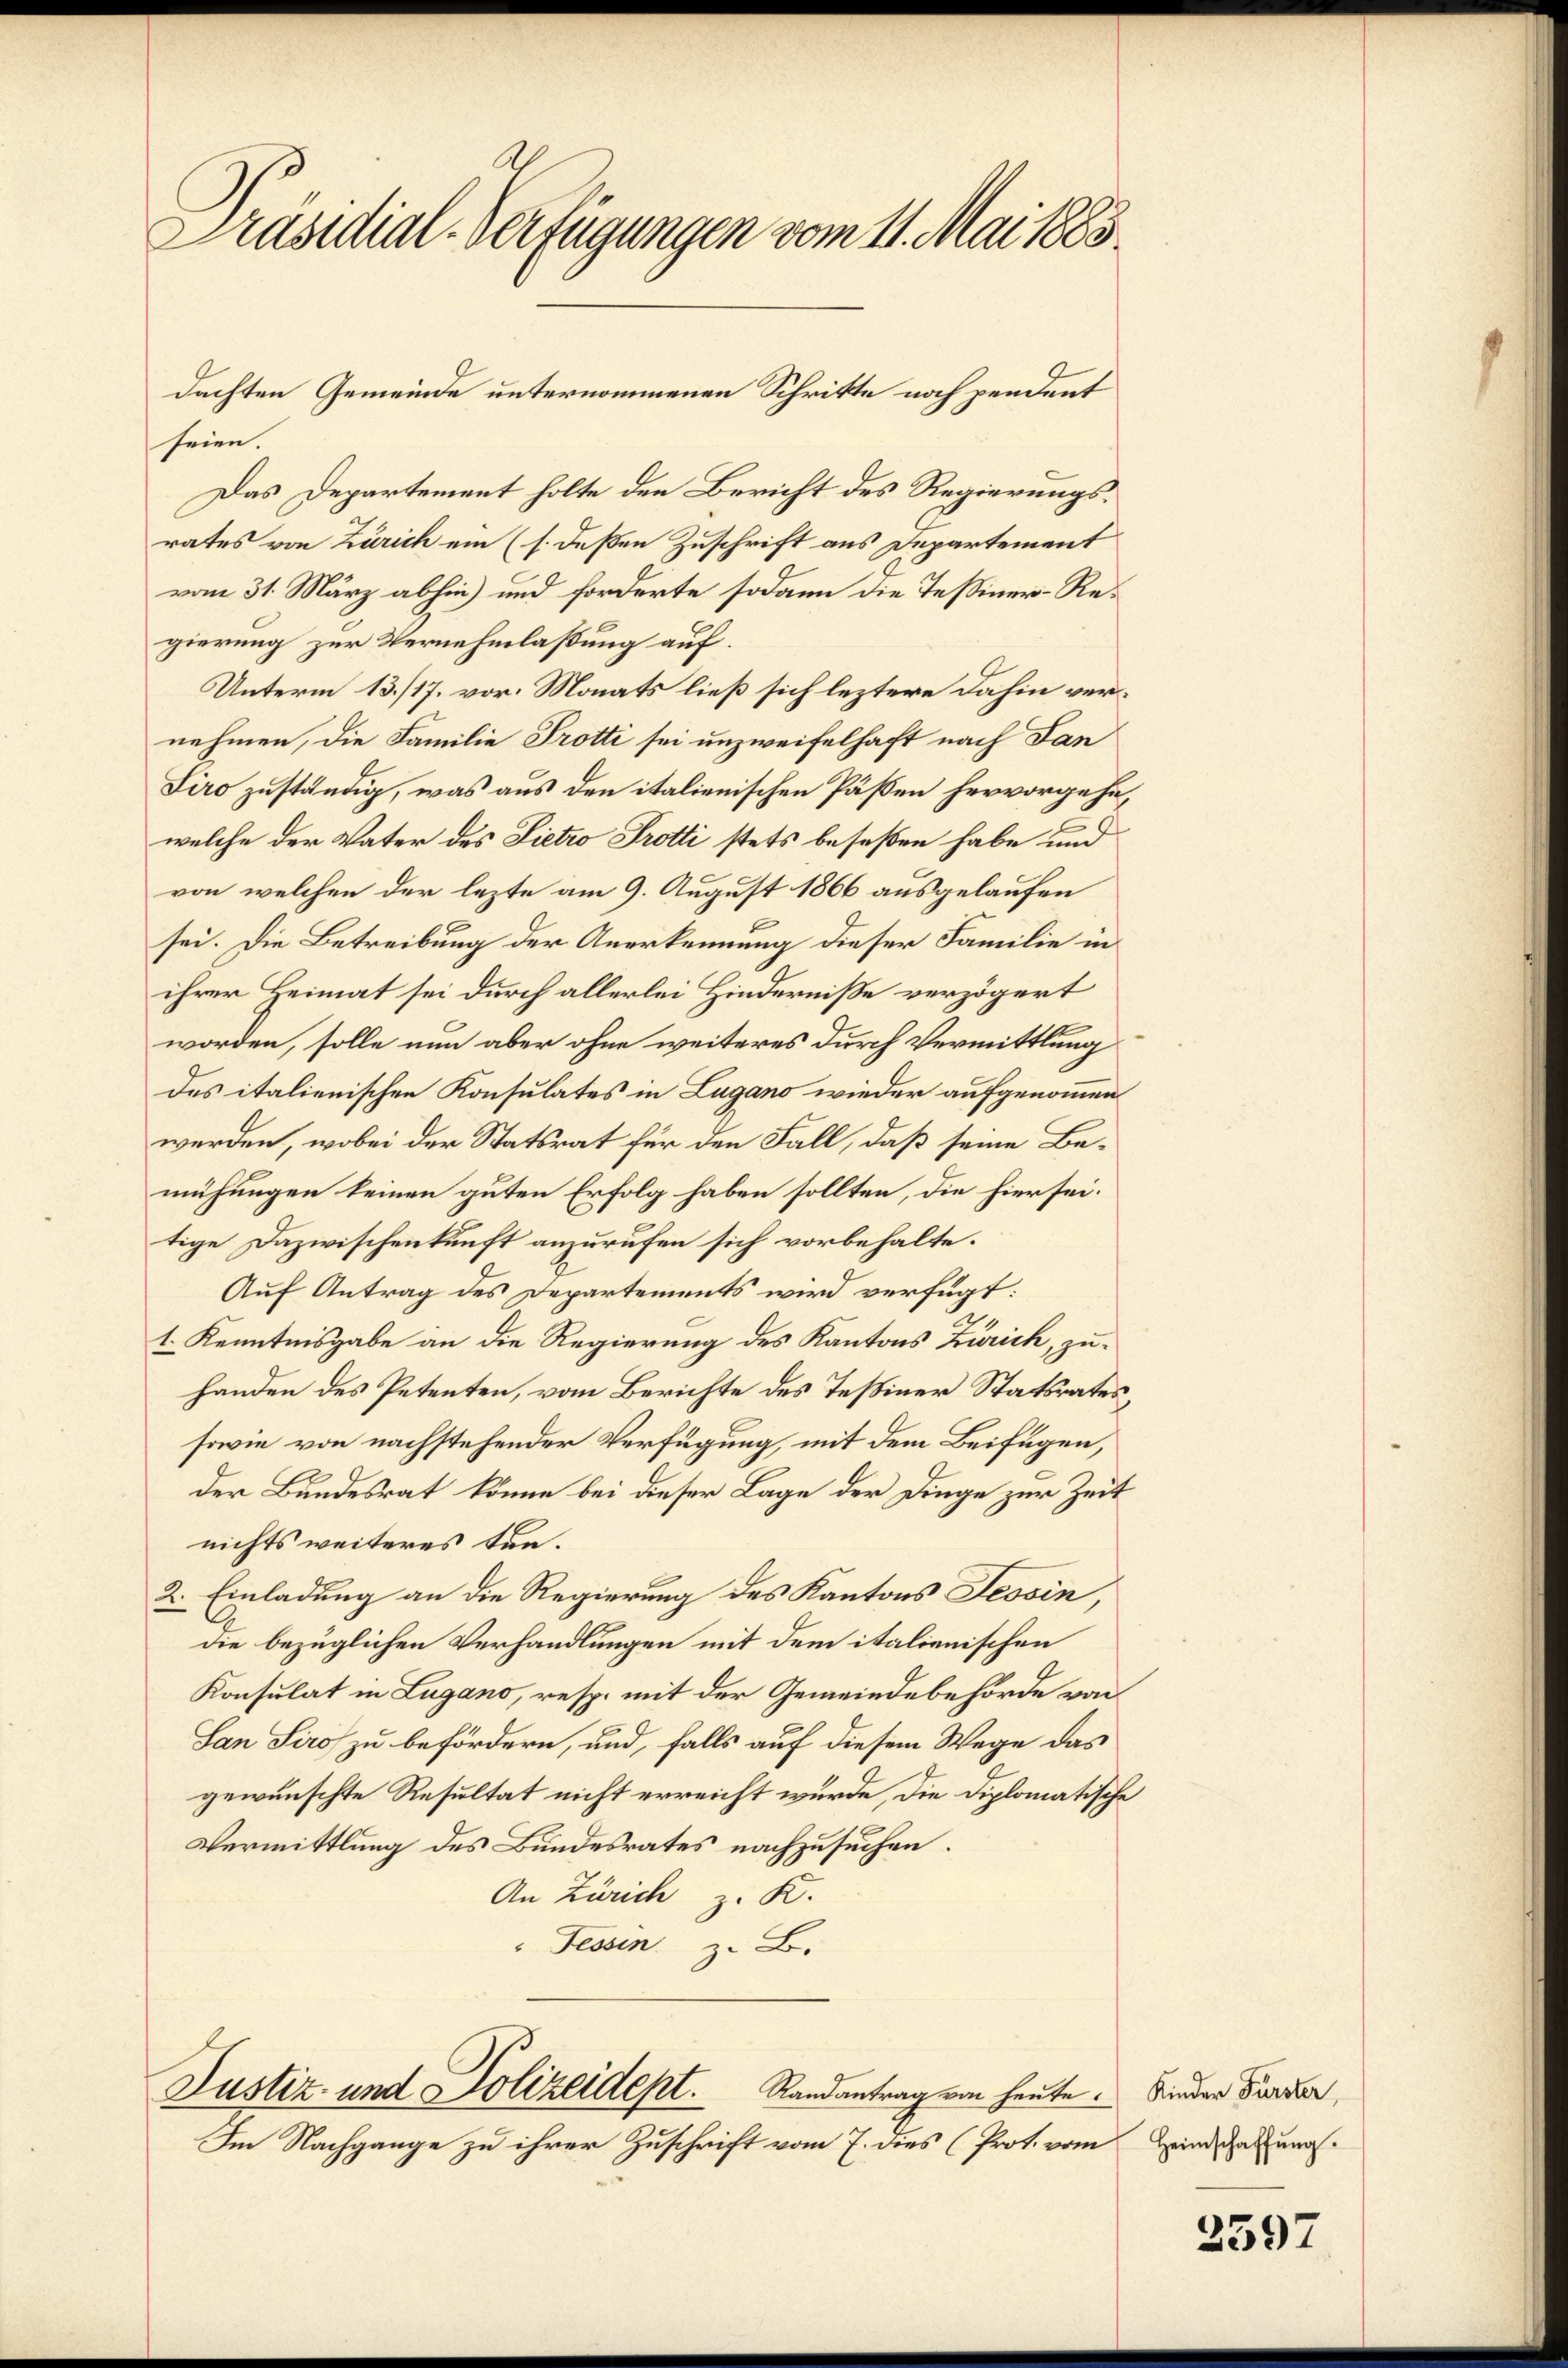
Präsidial-Verfügungen vom 11. Mai 1883.

frien.
Das Departement holte den Bericht des Regierungsrates von Zürich ein (s. deßen Zuschrift aus Departement
vom 31. März abhin) und forderte sodann die Teßiner-Regierung zur Vernehmlassung auf.
Unterm 13./17. vor. Monats ließ sich leztere dahin vernehmen, die Familie Trotti sei unzweifelhaft nach Jan
Siro zuständig, was aus den italienischen Päßen hervorgehe,
welche der Vater des Pietro Trotti stets beseßen habe und
von welchen der lezte am 9. August 1866 ausgelaufen
sei. Die Betreibung der Anerkennung dieser Familie in
ihrer Heimat sei durch allerlei Hinderniße verzögert
worden, solle nun aber ohne weiteres durch Vermittlung
des italienischen Konsulates in Lugano wieder aufgenommen
werden, wobei der Statsrat für den Fall, daß seine Bemühungen keinen guten Erfolg haben sollten, die hier sei.
tige Dazwischenkunft anzurufen sich vorbehalte.
Auf Antrag des Departements wird verfügt:
t. Kenntnisgabe an die Regierung des Kantons Zürich, zuhanden des Petenten, vom Berichte des Teßiner Statsrates,
sowie von nachstehender Verfügung, mit dem Beifügen,
der Bundesrat könne bei dieser Lage der Dinge zur Zeit
nichts weiteres ten.
2. Einladung an die Regierung des Kantons Tessin,
die bezüglichen Verhandlungen mit dem italienischen
Konsulat in Lugano, resp. mit der Gemeindebehörde von
San Siros zu befördern, und, falls auf diesem Wege das
gewünschte Resultat nicht erreicht wurde, die Diplomatische
Vermittlung des Bundesrates nachzusuchen.
An Zürich z. K.
"Fessen z. B.

dachten Gemeinde unternommenen Schritte noch pendent

Im Nachgange zu ihrer Zuschrift vom 7. dies (Prot. vom Heinschafungs¬

Justiz- und Polizeidept. Randantrag von heute Kinder Forder

2597